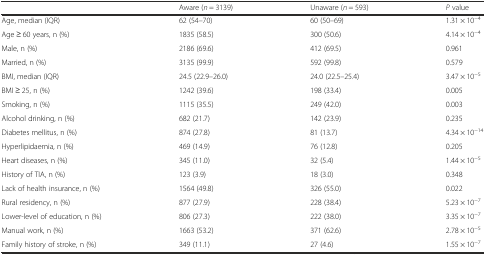
|  | Aware (n = 3139) | Unaware (n = 593) | P value |
 | --- | --- | --- | --- |
 | Age, median (IQR) | 62 (54–70) | 60 (50–69) | 1.31 × 10−4 |
 | Age ≥ 60 years, n (%) | 1835 (58.5) | 300 (50.6) | 4.14 × 10−4 |
 | Male, n (%) | 2186 (69.6) | 412 (69.5) | 0.961 |
 | Married, n (%) | 3135 (99.9) | 592 (99.8) | 0.579 |
 | BMI, median (IQR) | 24.5 (22.9–26.0) | 24.0 (22.5–25.4) | 3.47 × 10−5 |
 | BMI ≥ 25, n (%) | 1242 (39.6) | 198 (33.4) | 0.005 |
 | Smoking, n (%) | 1115 (35.5) | 249 (42.0) | 0.003 |
 | Alcohol drinking, n (%) | 682 (21.7) | 142 (23.9) | 0.235 |
 | Diabetes mellitus, n (%) | 874 (27.8) | 81 (13.7) | 4.34 × 10−14 |
 | Hyperlipidaemia, n (%) | 469 (14.9) | 76 (12.8) | 0.205 |
 | Heart diseases, n (%) | 345 (11.0) | 32 (5.4) | 1.44 × 10−5 |
 | History of TIA, n (%) | 123 (3.9) | 18 (3.0) | 0.348 |
 | Lack of health insurance, n (%) | 1564 (49.8) | 326 (55.0) | 0.022 |
 | Rural residency, n (%) | 877 (27.9) | 228 (38.4) | 5.23 × 10−7 |
 | Lower-level of education, n (%) | 806 (27.3) | 222 (38.0) | 3.35 × 10−7 |
 | Manual work, n (%) | 1663 (53.2) | 371 (62.6) | 2.78 × 10−5 |
 | Family history of stroke, n (%) | 349 (11.1) | 27 (4.6) | 1.55 × 10−7 |